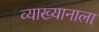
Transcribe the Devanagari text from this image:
व्याख्यानाला